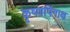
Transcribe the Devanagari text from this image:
कृष्णपिंगाक्ष